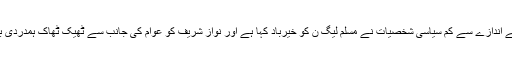
فیصلہ سازوں کے اندازے سے کم سیاسی شخصیات نے مسلم لیگ ن کو خیرباد کہا ہے اور نواز شریف کو عوام کی جانب سے ٹھیک ٹھاک ہمدردی بھی مل رہی ہے۔